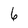
Character: 6